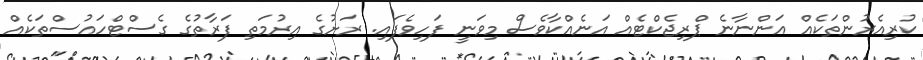
ކުރިއެރުންތަކެއް އަންނާނެ ޕްރިޖެކްޓެއް އަނެއްކާވެސް މިވަނީ ފަހިވެފައި. ރަށުގެ އިރުމަތި ފަރާތުގެ ގެސްޓްހައުސްތަކެއް